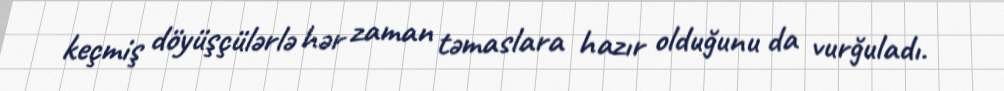
keçmiş döyüşçülərlə hər zaman təmaslara hazır olduğunu da vurğuladı.